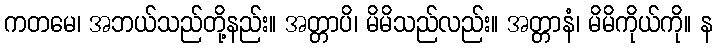
ကတမေ၊ အဘယ်သည်တို့နည်း။ အတ္တာပိ၊ မိမိသည်လည်း။ အတ္တာနံ၊ မိမိကိုယ်ကို။ န